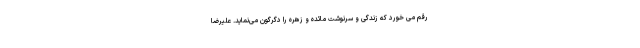
رقم مى خورد که زندگی و سرنوشت مائده و زهره را دگرگون مى‌نماید. علیرضا